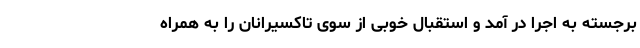
برجسته به اجرا در آمد و استقبال خوبی از سوی تاکسیرانان را به همراه